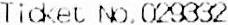
TICKET NO.029332